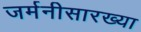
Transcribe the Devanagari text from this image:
जर्मनीसारख्या